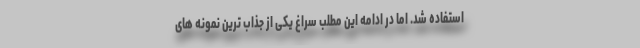
استفاده شد. اما در ادامه این مطلب سراغ یکی از جذاب ترین نمونه های